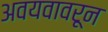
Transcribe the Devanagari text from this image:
अवयवावरून